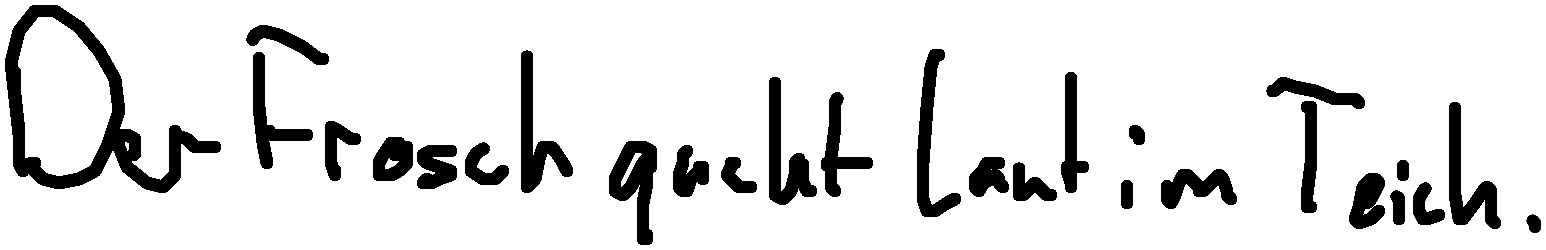
Der Frosch quakt laut im Teich.